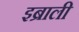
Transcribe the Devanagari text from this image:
इब्राली